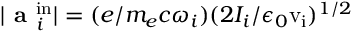
| \textbf { a } _ { i } ^ { \mathrm { i n } } | = ( e / m _ { e } c \omega _ { i } ) ( 2 I _ { i } / \epsilon _ { 0 } \mathrm { v _ { i } } ) ^ { 1 / 2 }